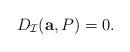
LaTeX: \begin{align*}D_{\mathcal{I}}({\bf a},P)= 0.\end{align*}